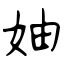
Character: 妯